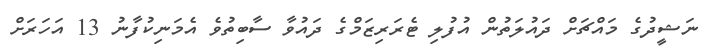
ނަޝީދުގެ މައްޗަށް ދައުލަތުން އުފުލި ޓެރަރިޒަމްގެ ދައުވާ ސާބިތުވެ އެމަނިކުފާނު 13 އަހަރަށް